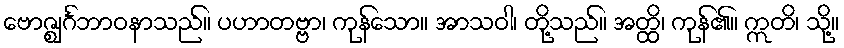
ဗောဇ္ဈင်္ဂဘာဝနာသည်။ ပဟာတဗ္ဗာ၊ ကုန်သော။ အာသဝါ၊ တို့သည်။ အတ္ထိ၊ ကုန်၏။ ဣတိ၊ သို့။